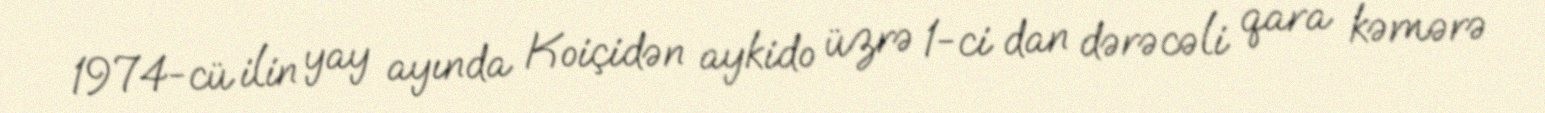
1974-cü ilin yay ayında Koiçidən aykido üzrə 1-ci dan dərəcəli qara kəmərə